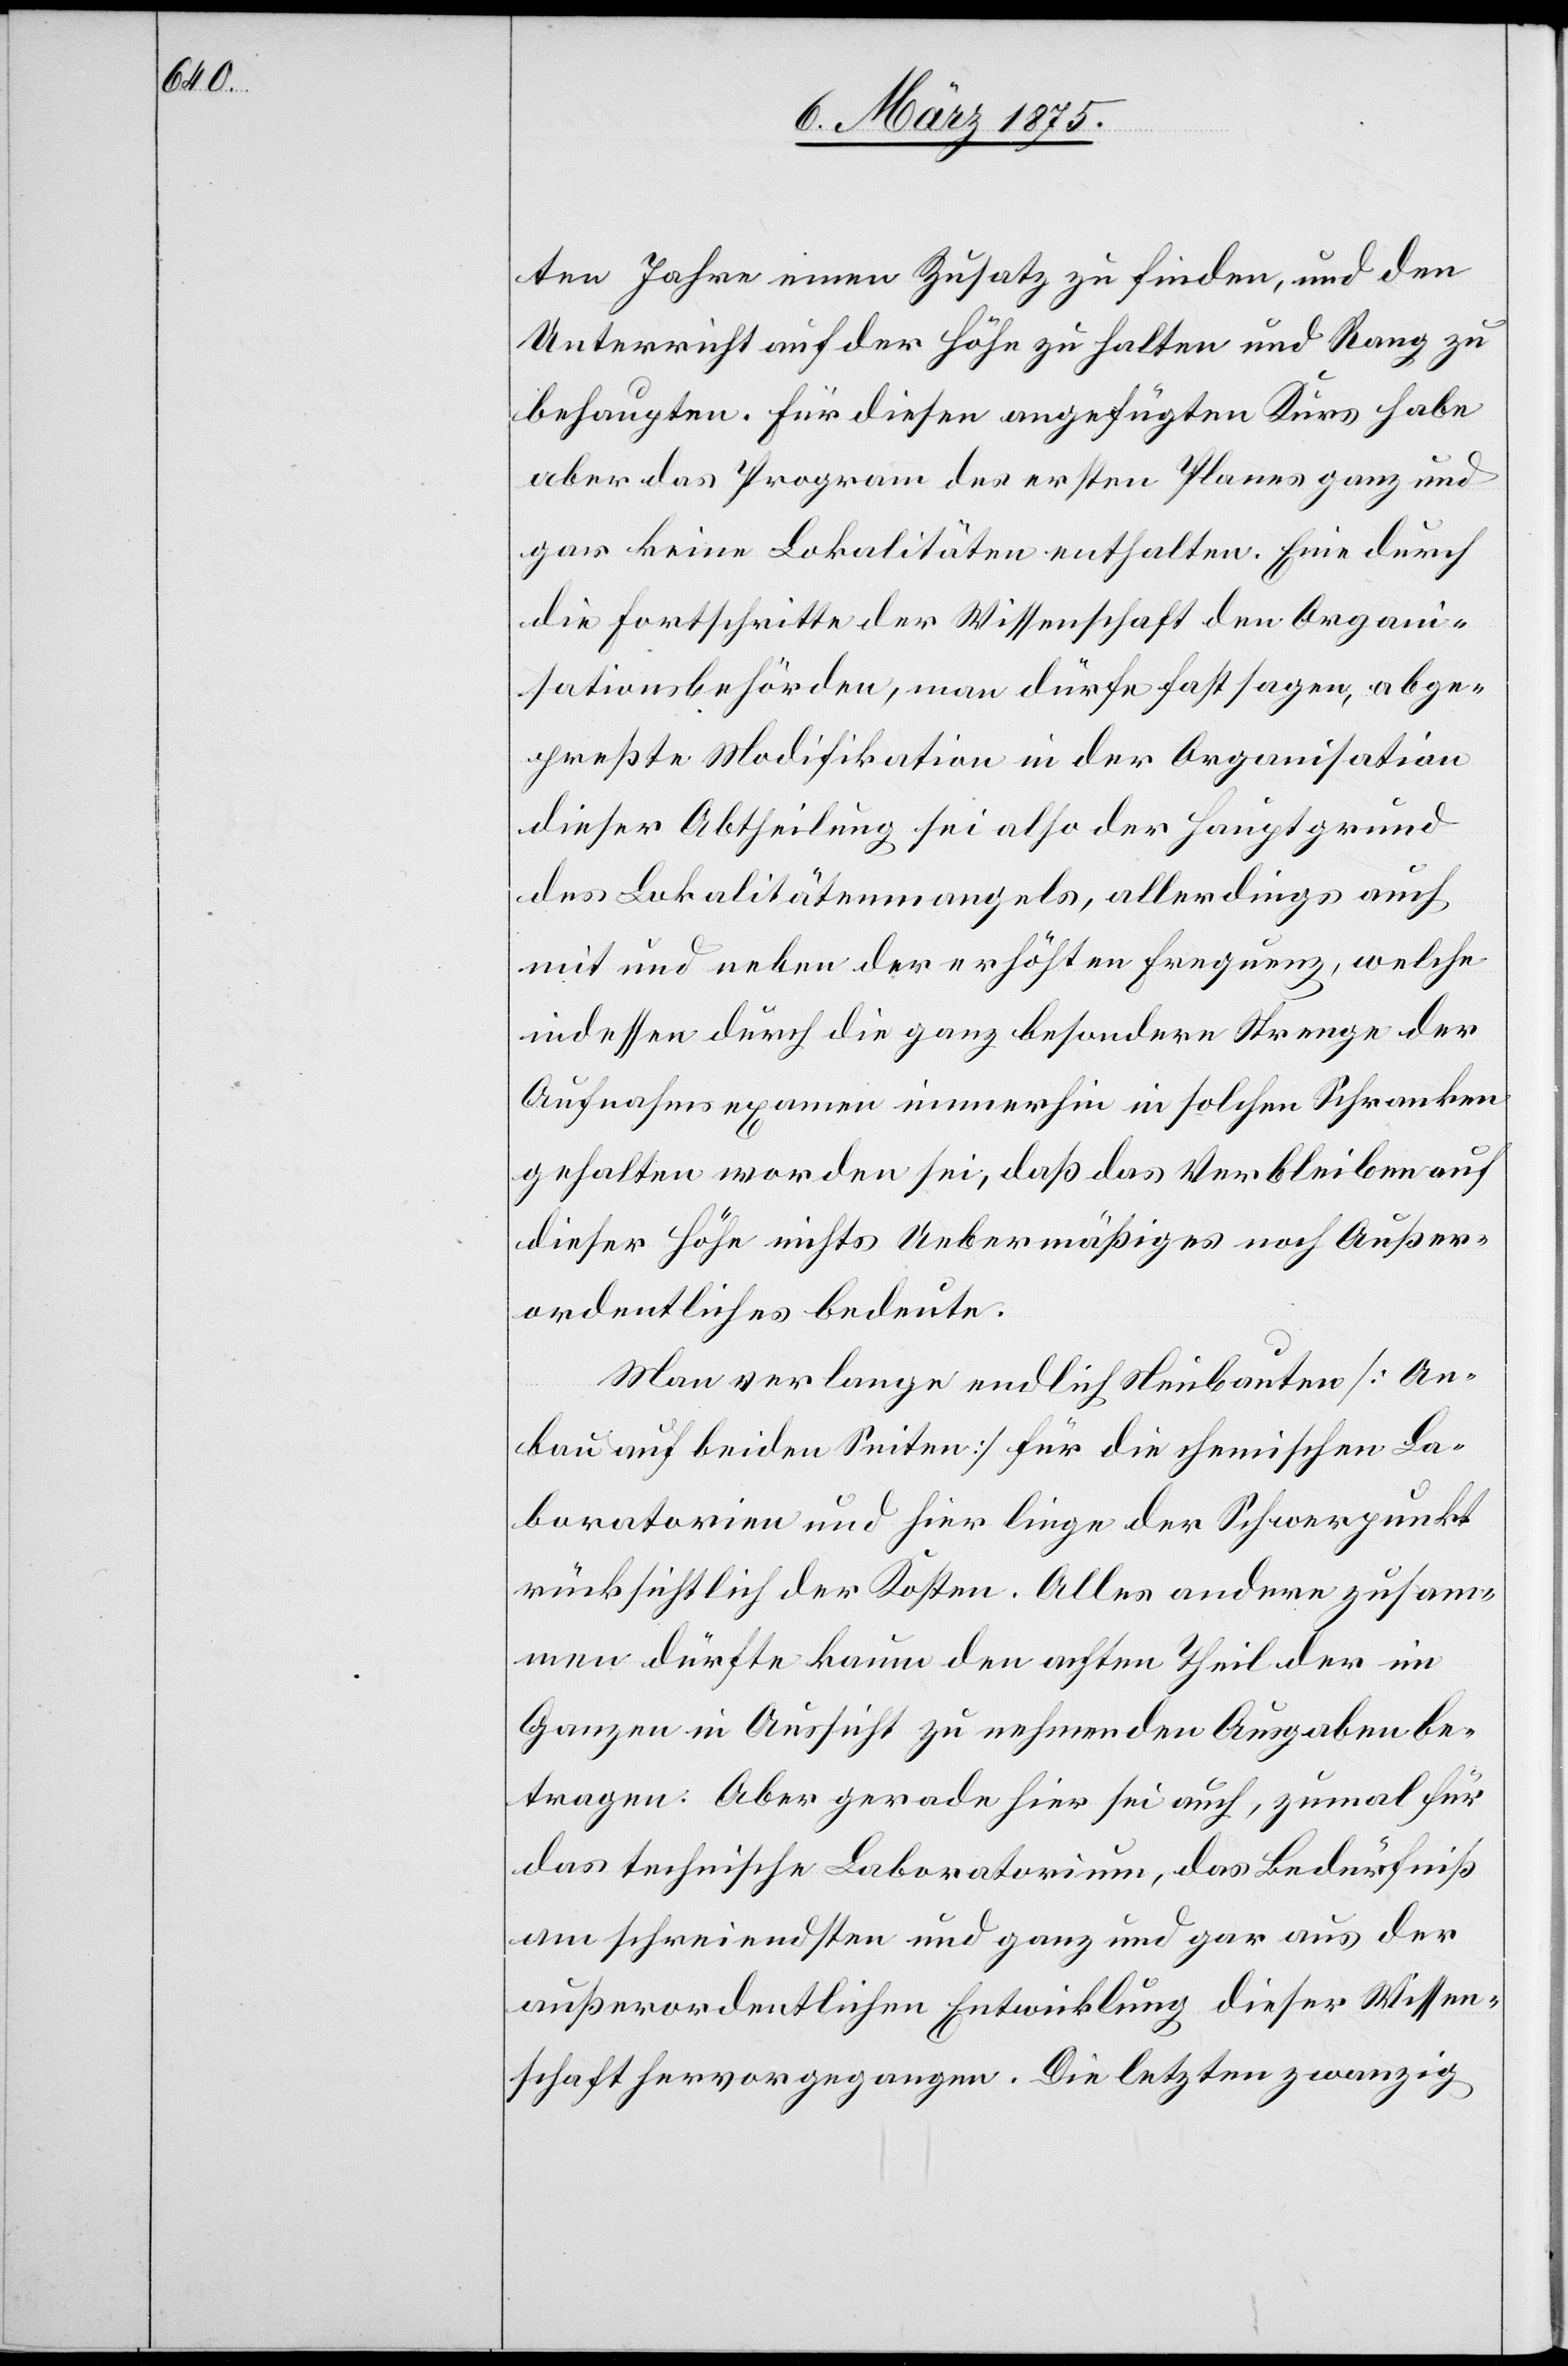
ten Jahre einen Zusatz zu finden, und den
Unterricht auf der Höhe zu halten und Rang zu
behaupten. Für diesen angefügten Kurs habe
aber das Program des ersten Plans ganz und
gar keine Lokalitäten enthalten. Eine durch
die Fortschritte der Wissenschaft den Organi¬
sationsbehörden, man dürfe fast sagen, abge¬
preßte Modifikation in der Organisation
dieser Abtheilung sei also der Hauptgrund
des Lokalitätenmangels, allerdings auch
mit und neben der erhöhten Frequenz, welche
indessen durch die ganz besondere Strenge der
Aufnahmsexamien immerhin in solchen Schranken
gehalten worden sei, daß das Verbleiben auf
dieser Höhe nichts Uebermäßiges noch Außer¬
ordentliches bedeute.
Man verlange endlich Neubauten [An¬
bau auf beiden Seiten] für die chemischen La¬
boratorien und hier liege der Schwerpunkt
rücksichtlich der Kosten. Alles andere zusam¬
men dürfte kaum den achten Theil der im
Ganzen in Aussicht zu nehmenden Ausgaben be¬
tragen: Aber gerade hier sei auch, zumal für
das technische Laboratorium, das Bedürfniß
am schreiensten und ganz und gar aus der
außerordentlichen Entwicklung dieser Wissen¬
schaft hervorgegangen. Die letzten zwanzig